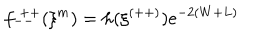
f _ { -- } ^ { ~ + + } ( \xi ^ { m } ) = h ( \xi ^ { ( + + ) } ) e ^ { - 2 ( W + L ) }